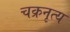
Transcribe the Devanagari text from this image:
चक्रनृत्य